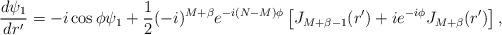
LaTeX: \begin{align*}\frac{d \psi_1}{dr'} = -i \cos \phi \psi_1 + \frac{1}{2} (-i)^{M+ \beta} e^{-i (N-M) \phi} \left[ J_{M+ \beta -1} (r') + i e^{-i \phi} J_{M+ \beta} (r') \right],\end{align*}